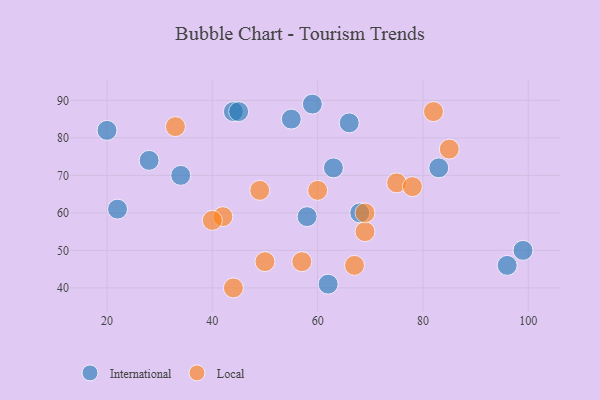
{"axis": {"x": "GDP", "y": "Life Expectancy"}, "legend": ["International", "Local"], "data": [{"x": "99", "y": 50, "type": "International"}, {"x": "44", "y": 87, "type": "International"}, {"x": "28", "y": 74, "type": "International"}, {"x": "34", "y": 70, "type": "International"}, {"x": "68", "y": 60, "type": "International"}, {"x": "62", "y": 41, "type": "International"}, {"x": "96", "y": 46, "type": "International"}, {"x": "83", "y": 72, "type": "International"}, {"x": "22", "y": 61, "type": "International"}, {"x": "58", "y": 59, "type": "International"}, {"x": "55", "y": 85, "type": "International"}, {"x": "20", "y": 82, "type": "International"}, {"x": "66", "y": 84, "type": "International"}, {"x": "63", "y": 72, "type": "International"}, {"x": "45", "y": 87, "type": "International"}, {"x": "59", "y": 89, "type": "International"}, {"x": "67", "y": 46, "type": "Local"}, {"x": "50", "y": 47, "type": "Local"}, {"x": "60", "y": 66, "type": "Local"}, {"x": "69", "y": 55, "type": "Local"}, {"x": "42", "y": 59, "type": "Local"}, {"x": "33", "y": 83, "type": "Local"}, {"x": "82", "y": 87, "type": "Local"}, {"x": "69", "y": 60, "type": "Local"}, {"x": "85", "y": 77, "type": "Local"}, {"x": "44", "y": 40, "type": "Local"}, {"x": "57", "y": 47, "type": "Local"}, {"x": "49", "y": 66, "type": "Local"}, {"x": "75", "y": 68, "type": "Local"}, {"x": "40", "y": 58, "type": "Local"}, {"x": "78", "y": 67, "type": "Local"}]}